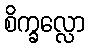
စိက္ခလ္လော